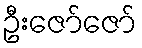
ဦးဇော်ဇော်